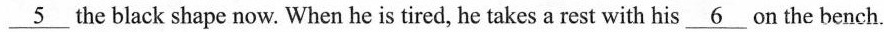
\underline{5} the black shape now. When he is tired, he takes a rest with his \underline{6} on the bench.